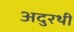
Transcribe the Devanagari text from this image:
अदुरथी